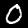
Digit: 0